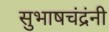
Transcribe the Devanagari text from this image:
सुभाषचंद्रंनी